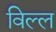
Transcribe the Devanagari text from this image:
विल्ल